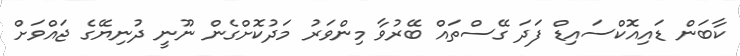
ކާބަން ޑައިއޮކްސައިޑް ފަދަ ގޭސްތައް ބޭރުވާ މިންވަރު މަދުކޮށްގެން ނޫނީ ދުނިޔޭގެ ޖައްވަށް